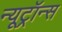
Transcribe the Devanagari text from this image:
न्यूट्रॉन्स